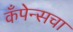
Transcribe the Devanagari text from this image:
कँपेन्सचा